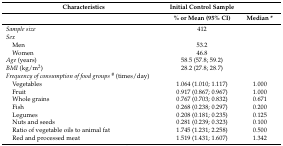
<table><thead><tr><td><b>Characteristics</b></td><td><b>Initial Control Sample</b></td><td></td></tr><tr><td></td><td><b>% or Mean (95% CI)</b></td><td><b>Median *</b></td></tr></thead><tbody><tr><td><i>Sample size</i></td><td>412</td><td></td></tr><tr><td colspan="2"><i>Sex</i></td><td></td></tr><tr><td> Men</td><td>53.2</td><td></td></tr><tr><td> Women</td><td>46.8</td><td></td></tr><tr><td><i>Age</i> (years)</td><td>58.5 (57.8; 59.2)</td><td></td></tr><tr><td><i>BMI</i> (kg/m<sup>2</sup>)</td><td>28.2 (27.8; 28.7)</td><td></td></tr><tr><td><i>Frequency of consumption of food groups <sup>#</sup></i>(times/day)</td><td></td><td></td></tr><tr><td> Vegetables</td><td>1.064 (1.010; 1.117)</td><td>1.000</td></tr><tr><td> Fruit</td><td>0.917 (0.867; 0.967)</td><td>1.000</td></tr><tr><td> Whole grains</td><td>0.767 (0.703; 0.832)</td><td>0.671</td></tr><tr><td> Fish</td><td>0.268 (0.238; 0.297)</td><td>0.200</td></tr><tr><td> Legumes</td><td>0.208 (0.181; 0.235)</td><td>0.125</td></tr><tr><td> Nuts and seeds</td><td>0.281 (0.239; 0.323)</td><td>0.100</td></tr><tr><td> Ratio of vegetable oils to animal fat</td><td>1.745 (1.231; 2.258)</td><td>0.500</td></tr><tr><td> Red and processed meat</td><td>1.519 (1.431; 1.607)</td><td>1.342</td></tr></tbody></table>